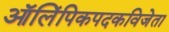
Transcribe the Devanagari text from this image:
ऑलिंपिकपदकविजेता